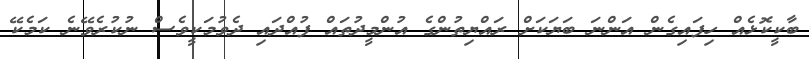
ބާކީކޮޅެއް ހިފައިގެން އަންނަ ބަޔަކަށް ރައްޔިތުންގެ އުންމީދުތައް ފުއްދައި ދެވުމަކީވެސް ނުކުރެވޭނެ ކަމެކޭ